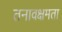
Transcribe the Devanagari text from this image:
तनावक्षमता